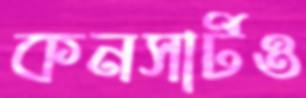
কনসার্টও